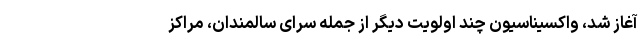
آغاز شد، واکسیناسیون چند اولویت دیگر از جمله سرای سالمندان، مراکز